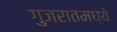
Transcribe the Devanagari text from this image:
गुजरातमघ्ये